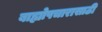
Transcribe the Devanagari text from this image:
बाह्योपचारासाठी